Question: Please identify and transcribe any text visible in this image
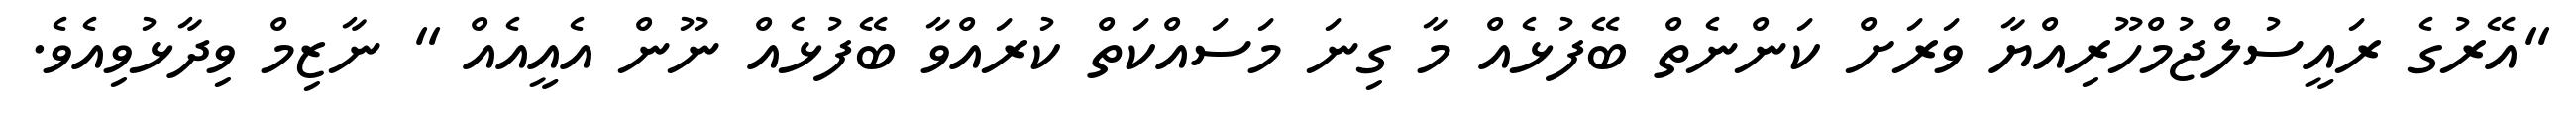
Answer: "އޭރުގެ ރައީސުލްޖުމްހޫރިއްޔާ ވަރަށް ކަންނެތް ބޭފުޅެއް މާ ގިނަ މަސައްކަތް ކުރައްވާ ބޭފުޅެއް ނޫން އެއީއެއް " ނާޒިމް ވިދާޅުވިއެވެ.